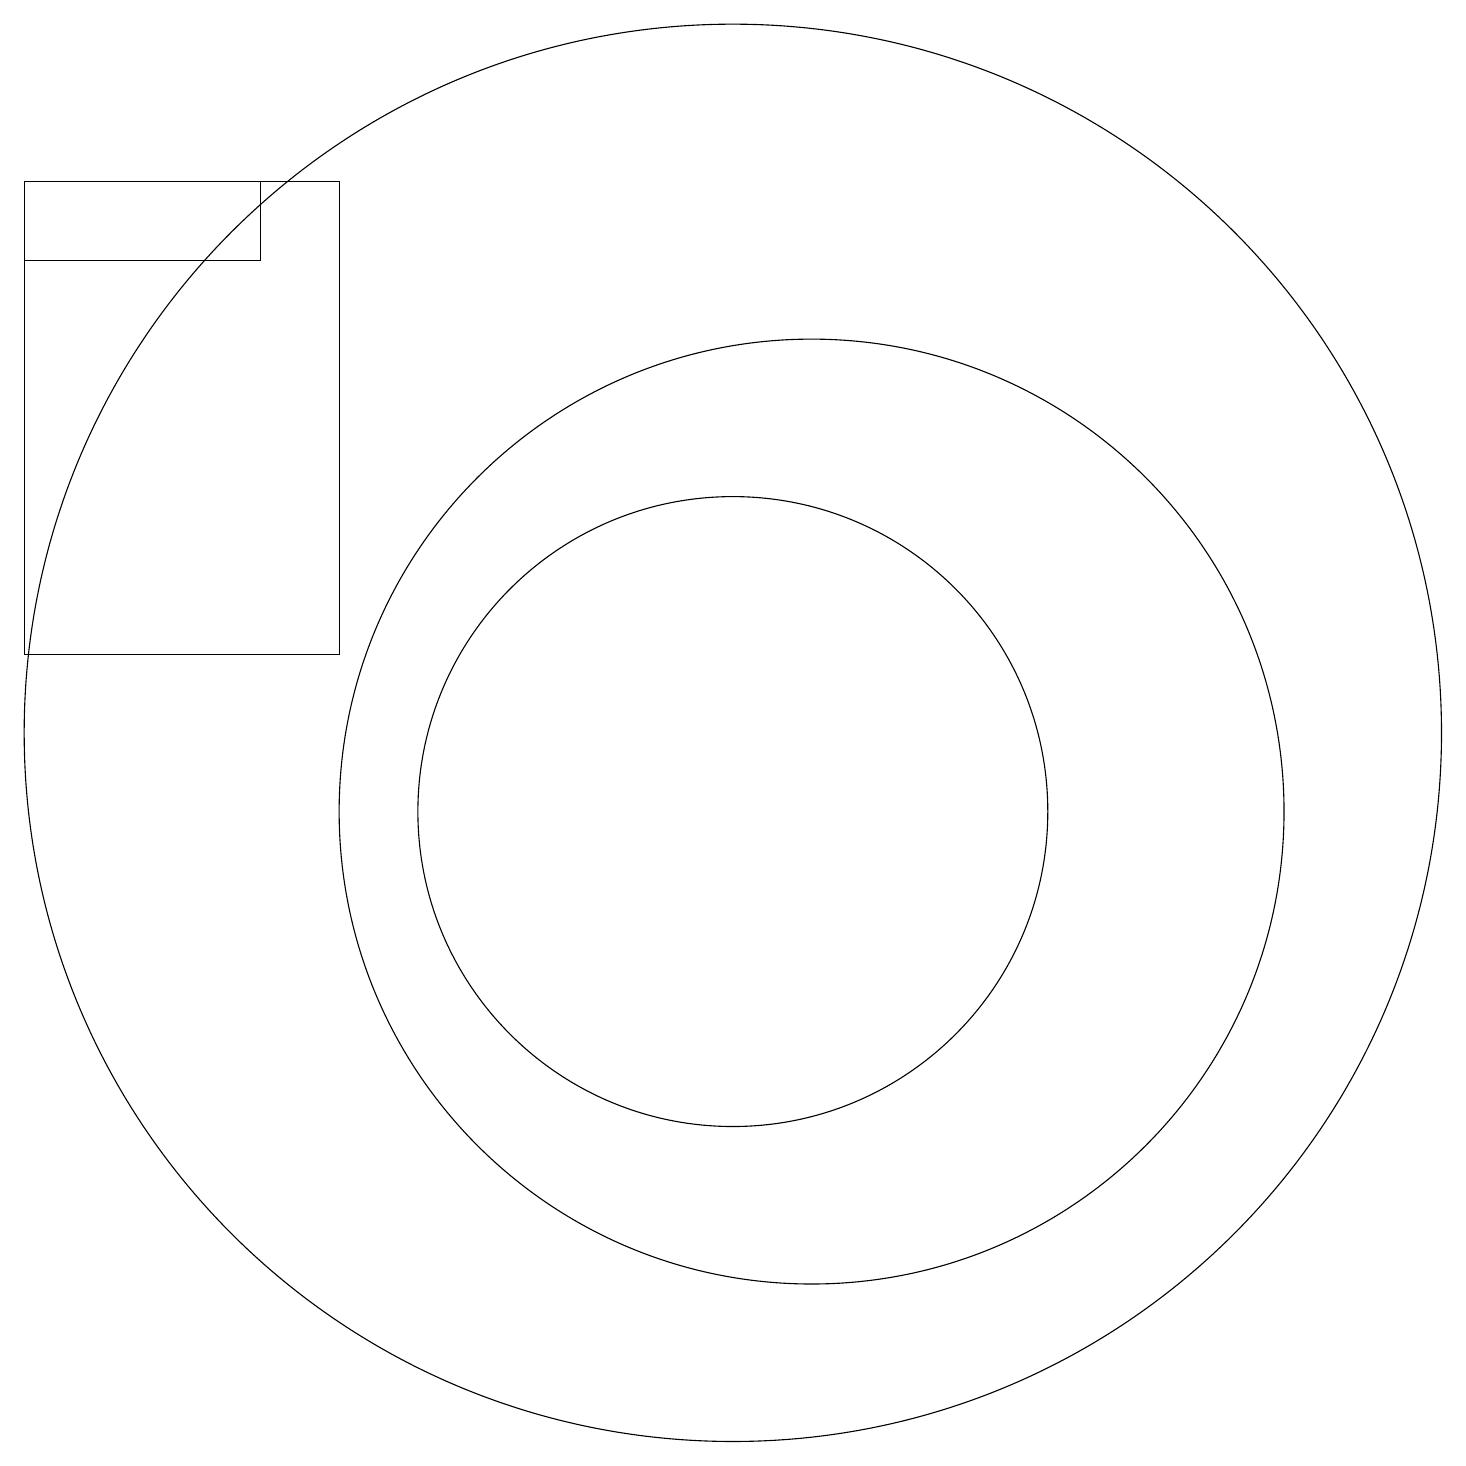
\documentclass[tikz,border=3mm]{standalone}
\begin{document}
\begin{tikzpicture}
\draw (11,10) circle (6);
\draw (1,18) rectangle (4,17);
\draw (1,12) rectangle (5,18);
\draw (10,11) circle (9);
\draw (10,10) circle (4);
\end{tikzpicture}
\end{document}